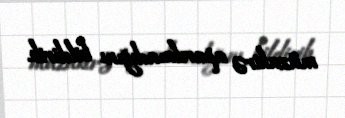
müzakirə aparılmadığını bildirib.